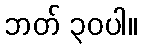
ဘတ် ၃၀ပါ။